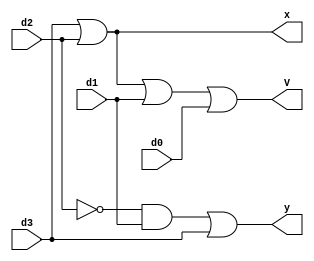
module q4_36 (x, y, V, d0, d1, d2, d3);

output x, y, V;
input d0, d1, d2, d3;

wire w1, w2, w3, w4, w5, w6;

or G1 (x, d3, d2);
or G2 (V, x, d1, d0);
not G3 (w1, d2);
and G4 (w2, w1, d1);
or G5 (y, w2, d3);

endmodule